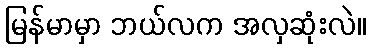
မြန်မာမှာ ဘယ်လက အလှဆုံးလဲ။